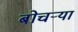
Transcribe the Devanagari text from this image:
बोचर्‍या